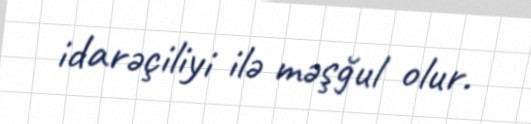
idarəçiliyi ilə məşğul olur.